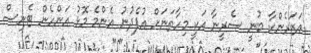
އަޒަރެންކާ ބުނީ ސެރީނާ އަކީ މިހާތަނަށް އުފެދުނު އެންމެ މޮޅު އަންހެން ޓެނިސް